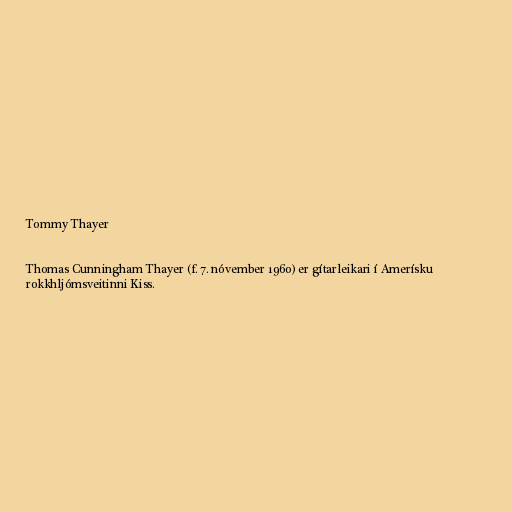
Tommy Thayer

Thomas Cunningham Thayer (f. 7. nóvember 1960) er gítarleikari í Amerísku
rokkhljómsveitinni Kiss.